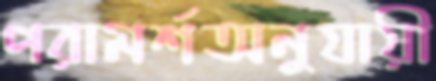
পরামর্শঅনুযায়ী